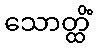
သောတ္ထိံ